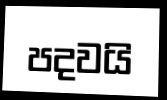
පදවයි